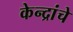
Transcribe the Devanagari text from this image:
केन्द्रांचे